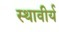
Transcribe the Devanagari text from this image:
स्थावीर्य